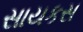
સાયકસ